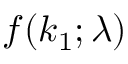
f ( k _ { 1 } ; \lambda )